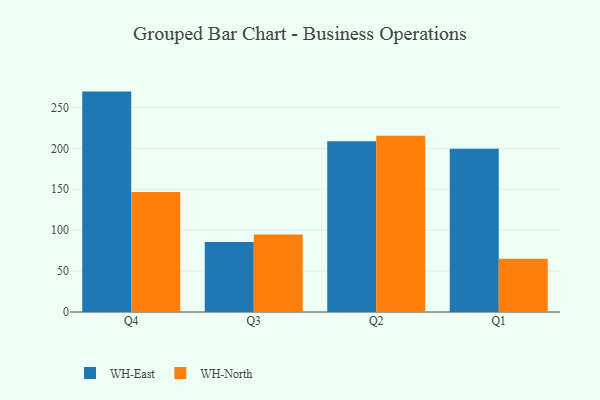
{"axis": {"x": "Quarter", "y": "Conversion Rate (%)"}, "legend": ["WH-East", "WH-North"], "data": [{"x": "Q4", "y": 269.3, "type": "WH-East"}, {"x": "Q4", "y": 146.5, "type": "WH-North"}, {"x": "Q3", "y": 85.5, "type": "WH-East"}, {"x": "Q3", "y": 94.7, "type": "WH-North"}, {"x": "Q2", "y": 208.5, "type": "WH-East"}, {"x": "Q2", "y": 215.5, "type": "WH-North"}, {"x": "Q1", "y": 199.4, "type": "WH-East"}, {"x": "Q1", "y": 65.0, "type": "WH-North"}]}